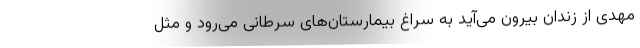
مهدی از زندان بیرون می‌آید به سراغ بیمارستان‌های سرطانی می‌رود و مثل